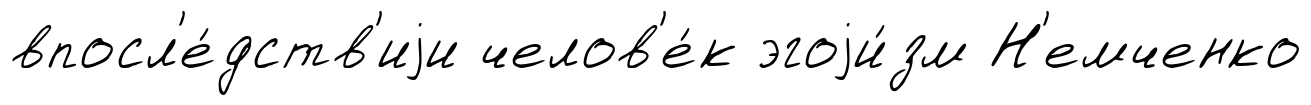
впосл'е́дств'иjи челов'е́к эгоjи́зм Н'емченко